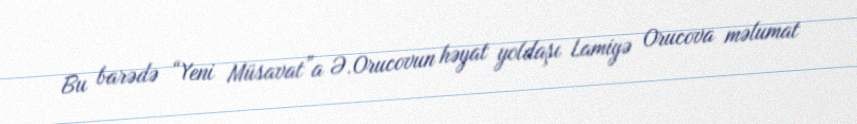
Bu barədə “Yeni Müsavat”a Ə.Orucovun həyat yoldaşı Lamiyə Orucova məlumat